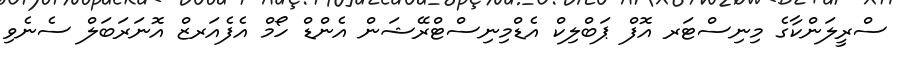
ސްރީލަންކާގެ މިނިސްޓަރ އޮފް ޕަބްލިކް އެޑްމިނިސްޓްރޭޝަން އެންޑް ހޯމް އެފެއަރޒް އޮނަރަބަލް ސެނެވި